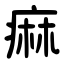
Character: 痲